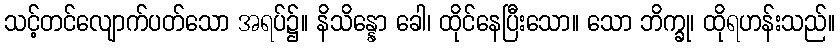
သင့်တင်လျောက်ပတ်သော အရပ်၌။ နိသိန္နော ခေါ၊ ထိုင်နေပြီးသော။ သော ဘိက္ခု၊ ထိုရဟန်းသည်။